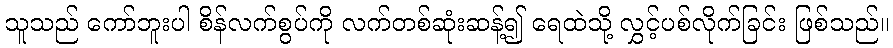
သူသည် ကော်ဘူးပါ စိန်လက်စွပ်ကို လက်တစ်ဆုံးဆန့်၍ ရေထဲသို့ လွှင့်ပစ်လိုက်ခြင်း ဖြစ်သည်။